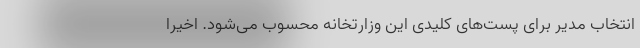
انتخاب مدیر برای پست‌های کلیدی این وزارتخانه محسوب می‌شود. اخیراً